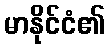
မာနိုင်ငံ၏